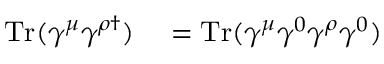
\begin{array} { r l } { \mathrm { T r } ( \gamma ^ { \mu } \gamma ^ { \rho \dagger } ) } & { { } = \mathrm { T r } ( \gamma ^ { \mu } \gamma ^ { 0 } \gamma ^ { \rho } \gamma ^ { 0 } ) } \end{array}